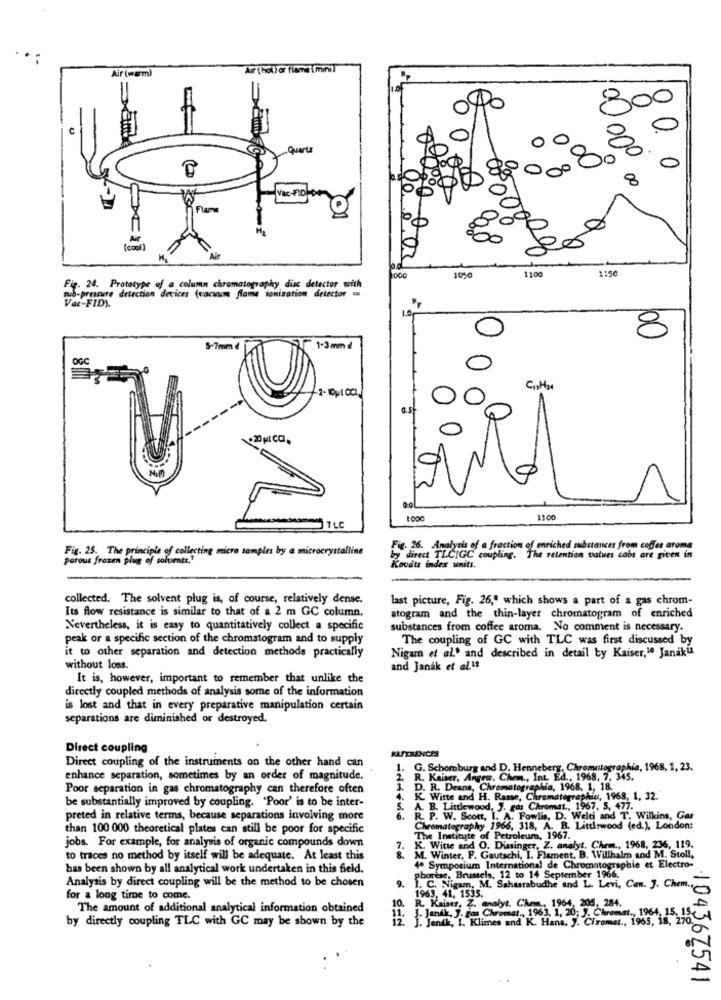
Air (warm)
Air (hol) or flame \ mini]
=
Po
quarto
200
00,000
00
80. 0
00
Vac-PRO
Flame
1100
1150
1050
Fig. 24. Prototype of a column chromatography disc detector with
mob-presnere detection devices (cacauom flame toniration detector
Va-FID).
8
5-7mm d
1-3mmd
.20 ML CCI.
1000
1100
TLC
Fig. 25. The principle of collecting micro samples by a microcrystalline
Fig. 26. Analysis of a fraction of enriched substances from coffee aroma
porous frozen plug of solumts."
by direct TLCIGC coupling. The retention vatwes cabs are given in
Kovats index units.
collected. The solvent plug is, of course, relatively dense.
last picture, Fig. 26," which shows a part of a gas chrom-
Its flow resistance is similar to that of a 2 m GC column.
atogram and the thin-layer chromatogram of enriched
Nevertheless, it is easy to quantitatively collect a specific
substances from coffee aroma. No comment is necessary.
peak or a specific section of the chromatogram and to supply
The coupling of GC with TLC was first discussed by
it to other separation and detection methods practically
Nigam et al.' and described in detail by Kaiser,10 Janaku
without loss.
and Janak et al.1t
It is, however, important to remember that unlike the
directly coupled methods of analysis some of the information
is lost and that in every preparative manipulation certain
separations are diminished or destroyed.
Direct coupling
REFERENCES
Direct coupling of the instruments on the other hand can
1.
G. Schomburg and D. Henneberg, Chromntographia, 1968, 1, 23.
enhance separation, sometimes by an order of magnitude.
R. Kaiser, Angen, Chem ., Int. Ed ., 1968, 7, 345.
Poor separation in gas chromatography can therefore often
D. R. Deane, Chromatographie, 1968, 1, 18.
be substantially improved by coupling. "Poor' is to be inter-
4. K. Witte and H. Rasse, Chromatographie, 1968, 1, 32.
5. A. B. Littlewood, J. ras Chromat ., 1967, 5, 477.
preted in relative terms, because separations involving more
6. R. P. W. Scott, I. A. Fowlis, D. Welt and T. Wilkins, Gar
than 100 000 theoretical plates can still be poor for specific
Chromatography 1966, 318, A. R. Littlewood (ed.), London:
jobs. For example, for analysis of organic compounds down
stitute of Petroleum, 1967.
K. Witte and O. Disinger, Z. analyt, Chem ., 1968, 236, 119.
to traces no method by itself will be adequate. At least this
M. Winter, F. Gautschi, I. Flament, B. Willhalm and M. Stoll,
has been shown by all analytical work undertaken in this field.
4º Symposium International de Chromatographie et Electro-
Analysis by direct coupling will be the method to be chosen
phorese. Brussels, 12 to 14 September 1966.
9. I. C. Nigam, M. Sahasrabudhe and L. Levi, Can. J. Chem ..
for a long time to come.
1963. 41, 1535.
The amount of additional analytical information obtained
10. R. Kaiser, Z. analyt. Chem ., 1964, 205. 284.
12: 1. Jendh. I. Klimes and K. Hana. J. Ciromet ., 1965, 18, 270
.j. Iam Chromat, 1963, 1, 20; J. Chromat ., 1964, 15. 15
by directly coupling TLC with GC may be shown by the
104367541